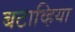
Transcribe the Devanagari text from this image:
बटाव्हिया